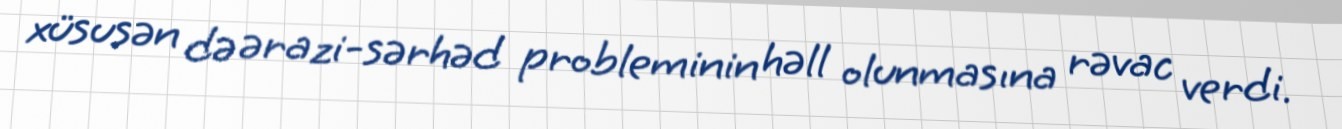
xüsusən də ərazi-sərhəd probleminin həll olunmasına rəvac verdi.